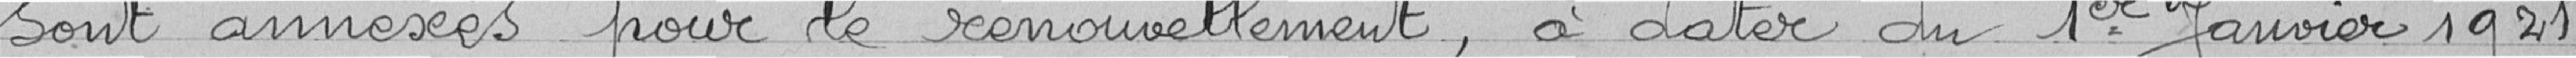
sont annexés pour le renouvellement, à dater du 1er janvier 1921,